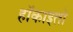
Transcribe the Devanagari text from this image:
हॉकाइतो